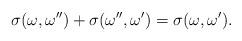
LaTeX: \begin{align*}\sigma(\omega,\omega^{\prime\prime})+ \sigma(\omega^{\prime\prime},\omega^\prime)=\sigma(\omega,\omega^\prime). \end{align*}